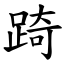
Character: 踦